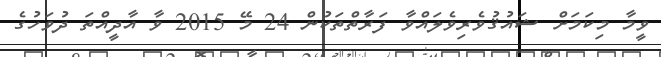
ވީމާ މިކަމަށް ޝައުޤުވެރިވެލައްވާ ފަރާތްތަކުން 24 މޭ 2015 ވާ އާދީއްތަ ދުވަހުގެ